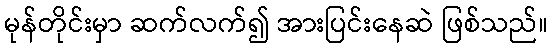
မုန်တိုင်းမှာ ဆက်လက်၍ အားပြင်းနေဆဲ ဖြစ်သည်။